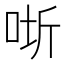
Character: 𭇵